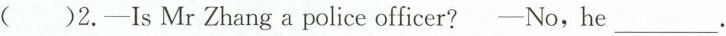
()2.—Is Mr Zhang a police officer? —No,he ___.